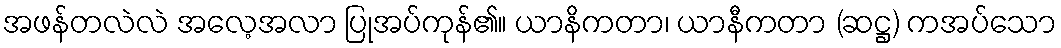
အဖန်တလဲလဲ အလေ့အလာ ပြုအပ်ကုန်၏။ ယာနိကတာ၊ ယာနီကတာ (ဆဋ္ဌ) ကအပ်သော